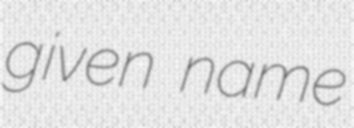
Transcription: given name